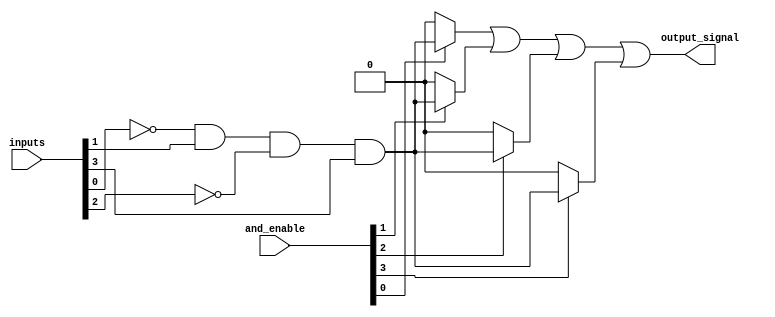
module GPAL #(parameter N_INPUTS = 4,   // Number of input signals
              parameter N_AND_GATES = 4, // Number of AND gates
              parameter N_OR_GATES = 1) // Number of OR gates
(
    input wire [N_INPUTS-1:0] inputs,          // Input signals
    input wire [N_AND_GATES-1:0] and_enable,   // Control signals for AND gates
    output wire [N_OR_GATES-1:0] output_signal  // Output signals
);

// Intermediate signals for AND gates
wire [N_AND_GATES-1:0] and_outputs;

// Generate the AND array
genvar i;
generate
    for (i = 0; i < N_AND_GATES; i = i + 1) begin : and_array
        // Each AND gate can be programmed to use inputs or their complements
        wire [N_INPUTS-1:0] and_inputs;
        
        // Example configuration for each AND gate
        // This can be modified to programmatically select inputs and their complements
        assign and_inputs = {inputs[N_INPUTS-1], ~inputs[N_INPUTS-2], inputs[N_INPUTS-3], ~inputs[N_INPUTS-4]};
        
        assign and_outputs[i] = and_enable[i] ? (and_inputs[0] & and_inputs[1] & and_inputs[2] & and_inputs[3]) : 1'b0;
    end
endgenerate

// Fixed OR array
generate
    if (N_OR_GATES > 0) begin : or_array
        assign output_signal = and_outputs[0] | and_outputs[1] | and_outputs[2] | and_outputs[3];
    end
endgenerate

endmodule